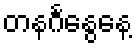
တနင်္ဂနွေနေ့